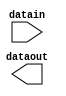
// megafunction wizard: %ALTIOBUF%VBB%
// GENERATION: STANDARD
// VERSION: WM1.0
// MODULE: altiobuf_in 

// ============================================================
// Megafunction Name(s):
// 			altiobuf_in
//
// Simulation Library Files(s):
// 			cycloneive
// ============================================================
// ************************************************************
// THIS IS A WIZARD-GENERATED FILE. DO NOT EDIT THIS FILE!
//
// 15.0.0 Build 145 04/22/2015 SJ Full Version
// ************************************************************

//Copyright (C) 1991-2015 Altera Corporation. All rights reserved.
//Your use of Altera Corporation's design tools, logic functions 
//and other software and tools, and its AMPP partner logic 
//functions, and any output files from any of the foregoing 
//(including device programming or simulation files), and any 
//associated documentation or information are expressly subject 
//to the terms and conditions of the Altera Program License 
//Subscription Agreement, the Altera Quartus II License Agreement,
//the Altera MegaCore Function License Agreement, or other 
//applicable license agreement, including, without limitation, 
//that your use is for the sole purpose of programming logic 
//devices manufactured by Altera and sold by Altera or its 
//authorized distributors.  Please refer to the applicable 
//agreement for further details.

module clkbuf (
	datain,
	dataout)/* synthesis synthesis_clearbox = 1 */;

	input	[0:0]  datain;
	output	[0:0]  dataout;

endmodule

// ============================================================
// CNX file retrieval info
// ============================================================
// Retrieval info: PRIVATE: INTENDED_DEVICE_FAMILY STRING "Cyclone IV E"
// Retrieval info: PRIVATE: SYNTH_WRAPPER_GEN_POSTFIX STRING "0"
// Retrieval info: LIBRARY: altera_mf altera_mf.altera_mf_components.all
// Retrieval info: CONSTANT: INTENDED_DEVICE_FAMILY STRING "Cyclone IV E"
// Retrieval info: CONSTANT: enable_bus_hold STRING "FALSE"
// Retrieval info: CONSTANT: number_of_channels NUMERIC "1"
// Retrieval info: CONSTANT: use_differential_mode STRING "FALSE"
// Retrieval info: CONSTANT: use_dynamic_termination_control STRING "FALSE"
// Retrieval info: USED_PORT: datain 0 0 1 0 INPUT NODEFVAL "datain[0..0]"
// Retrieval info: USED_PORT: dataout 0 0 1 0 OUTPUT NODEFVAL "dataout[0..0]"
// Retrieval info: CONNECT: @datain 0 0 1 0 datain 0 0 1 0
// Retrieval info: CONNECT: dataout 0 0 1 0 @dataout 0 0 1 0
// Retrieval info: GEN_FILE: TYPE_NORMAL clkbuf.v TRUE
// Retrieval info: GEN_FILE: TYPE_NORMAL clkbuf.inc FALSE
// Retrieval info: GEN_FILE: TYPE_NORMAL clkbuf.cmp FALSE
// Retrieval info: GEN_FILE: TYPE_NORMAL clkbuf.bsf FALSE
// Retrieval info: GEN_FILE: TYPE_NORMAL clkbuf_inst.v TRUE
// Retrieval info: GEN_FILE: TYPE_NORMAL clkbuf_bb.v TRUE
// Retrieval info: LIB_FILE: cycloneive